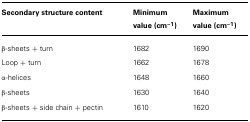
| Secondary structure content | Minimum value (cm-1) | Maximum value (cm-1) |
 | --- | --- | --- |
 | β-sheets + turn | 1682 | 1690 |
 | Loop + turn | 1662 | 1678 |
 | α-helices | 1648 | 1660 |
 | β-sheets | 1630 | 1640 |
 | β-sheets + side chain + pectin | 1610 | 1620 |